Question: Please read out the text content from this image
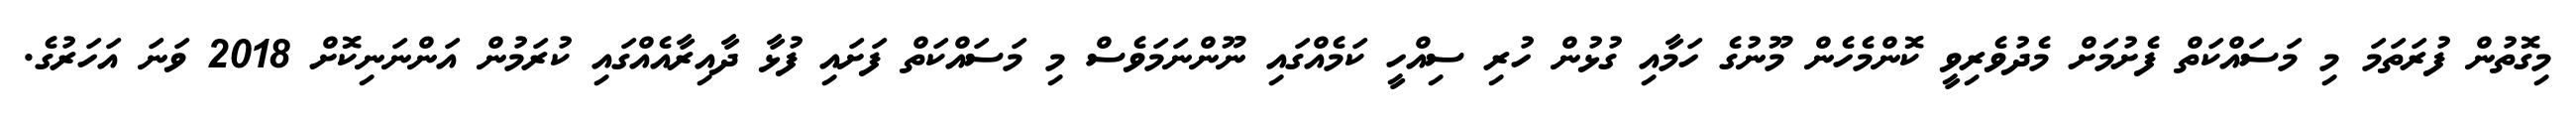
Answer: މިގޮތުން ފުރަތަމަ މި މަސައްކަތް ފެށުމަށް މެދުވެރިވީ ކޮންމެހެން މޫނުގެ ހަމާއި ގުޅުން ހުރި ސިއްހީ ކަމެއްގައި ނޫންނަމަވެސް މި މަސައްކަތް ފަށައި ފުޅާ ދާއިރާއެއްގައި ކުރަމުން އަންނަނިކޮށް 2018 ވަނަ އަހަރުގެ.